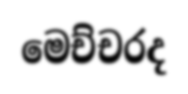
මෙච්චරද